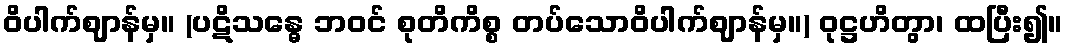
ဝိပါက်ဈာန်မှ။ (ပဋိသန္ဓေ ဘဝင် စုတိကိစ္စ တပ်သောဝိပါက်ဈာန်မှ။) ဝုဋ္ဌဟိတွာ၊ ထပြီး၍။